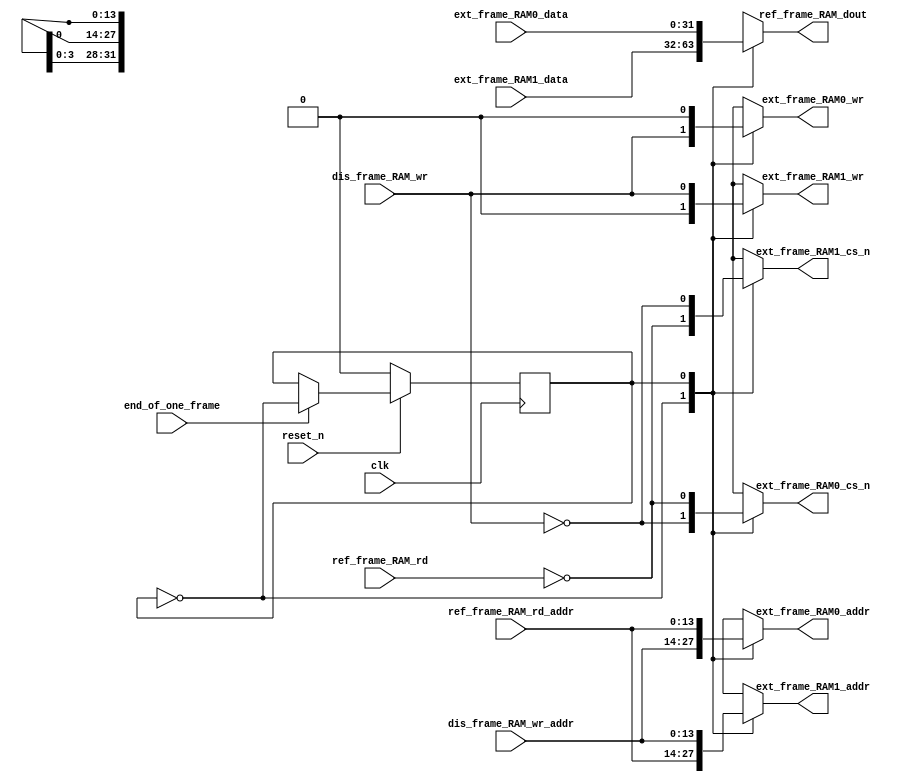
module ext_RAM_ctrl (clk,reset_n,end_of_one_frame,ref_frame_RAM_rd,ref_frame_RAM_rd_addr,dis_frame_RAM_wr,
	dis_frame_RAM_wr_addr,ref_frame_RAM_dout,
	ext_frame_RAM0_cs_n,ext_frame_RAM0_wr,ext_frame_RAM0_addr,ext_frame_RAM0_data,
	ext_frame_RAM1_cs_n,ext_frame_RAM1_wr,ext_frame_RAM1_addr,ext_frame_RAM1_data);	
	input clk,reset_n;
	input end_of_one_frame;
	input ref_frame_RAM_rd;
	input [13:0] ref_frame_RAM_rd_addr;
	input dis_frame_RAM_wr;
	input [13:0] dis_frame_RAM_wr_addr;
	//input [31:0] dis_frame_RAM_din;
	input [31:0] ext_frame_RAM0_data;
	input [31:0] ext_frame_RAM1_data;
	
	output [31:0] ref_frame_RAM_dout;
	
	output ext_frame_RAM0_cs_n;
	output ext_frame_RAM0_wr;
	output [13:0] ext_frame_RAM0_addr;
	
	output ext_frame_RAM1_cs_n;
	output ext_frame_RAM1_wr;
	output [13:0] ext_frame_RAM1_addr;
	
	reg ext_frame_RAM_sel;	//0:ext_frame_RAM0 as dis_frame_RAM to be written			
                          //0:ext_frame_RAM1 as ref_frame_RAM to be read
                          //1:ext_frame_RAM0 as ref_frame_RAM to be read			
                          //1:ext_frame_RAM1 as dis_frame_RAM to be written
	always @ (posedge clk)
		if (reset_n == 1'b0)
			ext_frame_RAM_sel <= 1'b0;
		else if (end_of_one_frame)
			ext_frame_RAM_sel <= ~ ext_frame_RAM_sel;
	
	reg [31:0] ref_frame_RAM_dout;
	
	reg ext_frame_RAM0_cs_n;
	reg ext_frame_RAM0_wr;
	reg [13:0] ext_frame_RAM0_addr;
	
	reg ext_frame_RAM1_cs_n;
	reg ext_frame_RAM1_wr;
	reg [13:0] ext_frame_RAM1_addr;
	
	always @ (ext_frame_RAM_sel or 
		ref_frame_RAM_rd or ref_frame_RAM_rd_addr or ext_frame_RAM0_data or ext_frame_RAM1_data or
		dis_frame_RAM_wr or dis_frame_RAM_wr_addr)
		case (ext_frame_RAM_sel)
			1'b0:	
			begin
				//ext_frame_RAM0 as dis_frame_RAM to be written
				ext_frame_RAM0_cs_n <= !dis_frame_RAM_wr;	ext_frame_RAM0_wr <= dis_frame_RAM_wr;			  
				ext_frame_RAM0_addr <= dis_frame_RAM_wr_addr;		
				
				//ext_frame_RAM1 as ref_frame_RAM to be read
				ext_frame_RAM1_cs_n <= !ref_frame_RAM_rd;	ext_frame_RAM1_wr <= 1'b0;			  
				ext_frame_RAM1_addr <= ref_frame_RAM_rd_addr;		
				
				ref_frame_RAM_dout <= ext_frame_RAM1_data; 
			end
			1'b1:	
			begin
				//ext_frame_RAM0 as ref_frame_RAM to be read
				ext_frame_RAM0_cs_n <= !ref_frame_RAM_rd;	ext_frame_RAM0_wr <= 1'b0;			  
				ext_frame_RAM0_addr <= ref_frame_RAM_rd_addr;		
				
				//ext_frame_RAM1 as dis_frame_RAM to be written
				ext_frame_RAM1_cs_n <= !dis_frame_RAM_wr;		ext_frame_RAM1_wr <= dis_frame_RAM_wr;			  
				ext_frame_RAM1_addr <= dis_frame_RAM_wr_addr;		
				
				ref_frame_RAM_dout <= ext_frame_RAM0_data; 
			end
		endcase
	//assign ext_frame_RAM0_data = (!ext_frame_RAM_sel && dis_frame_RAM_wr)? dis_frame_RAM_din:32'bz;
	//assign ext_frame_RAM1_data = ( ext_frame_RAM_sel && dis_frame_RAM_wr)? dis_frame_RAM_din:32'bz;
endmodule